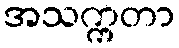
အသက္ကတာ